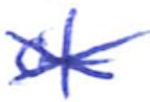
Text: of
Cross-out: cross
Writing tool: ballpoint